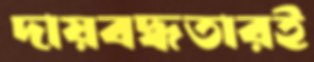
দায়বদ্ধতারই